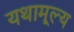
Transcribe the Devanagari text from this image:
यथामूल्य